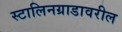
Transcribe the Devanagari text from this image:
स्टालिनग्राडावरील